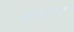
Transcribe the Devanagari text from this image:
संथालो